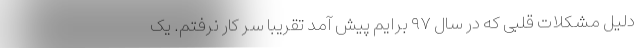
دلیل مشکلات قلبی که در سال ۹۷ برایم پیش آمد تقریبا سر کار نرفتم. یک